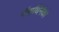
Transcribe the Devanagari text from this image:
पॅनाथिनैको